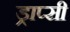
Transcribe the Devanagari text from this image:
ड्राप्सी